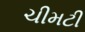
ચીમટી